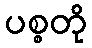
ပစ္စတို